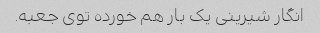
انگار شیرینی یک بار هم خورده توی جعبه.